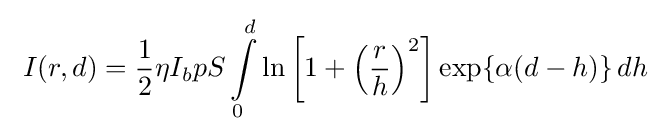
\ I(r,d)={\frac {1}{2}}\eta I_{b}pS\int \limits _{0}^{d}\ln \left[1+\left({\frac {r}{h}}\right)^{2}\right]\exp\{\alpha (d-h)\}\,dh